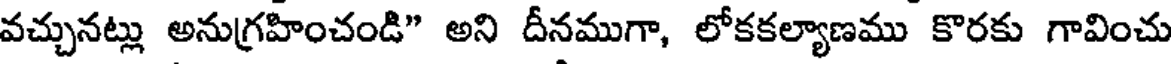
వచ్చునట్లు అనుగ్రహించండి" అని దీనముగా, లోకకల్యాణము కొరకు గావించు